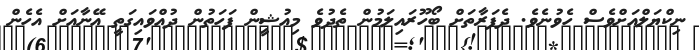
ނިކްޔަލްއަށްވެސް ހެވުނެވެ. ދެފަރާތަށް ބޯހޫރައިލަމުން ތެދުވެ މިއުޝީން ފަހަތުން ދުއްވައިގަތީ އޭނާއަށް އެހެން